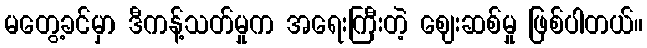
မတွေ့ခင်မှာ ဒီကန့်သတ်မှုက အရေးကြီးတဲ့ ဈေးဆစ်မှု ဖြစ်ပါတယ်။